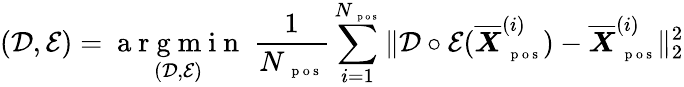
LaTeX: (\mathcal D,\mathcal E)=\underset{(\mathcal D,\mathcal E)}{\mathrm{~a~r~g~m~i~n~}}~\frac{1}{N_{\mathrm{~\scriptsize~p~o~s~}}}\sum_{i=1}^{N_{\mathrm{~\scriptsize~p~o~s~}}}\| \mathcal D\circ\mathcal E(\overline{{\boldsymbol X}}_{\mathrm{~\scriptsize~p~o~s~}}^{(i)})-\overline{{\boldsymbol X}}_{\mathrm{~\scriptsize~p~o~s~}}^{(i)}\| _{2}^{2}